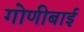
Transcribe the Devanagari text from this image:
गोणीबाई